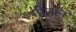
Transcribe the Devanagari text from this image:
गीतांनं